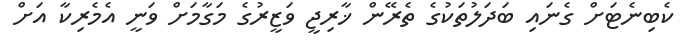
ކެބިނެޓަށް ގެނައި ބަދަލުތަކުގެ ތެރޭން ޚާރިޖީ ވަޒީރުގެ މަގާމަށް ވަނީ އެެމެރިކާ އަށް